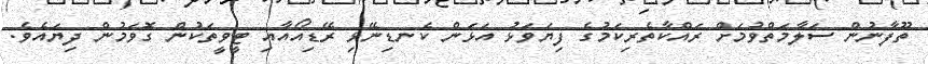
ތޫފާނުން ސަލާމަތްވުމަށް ރައްކާތެރިކަމުގެ ފިޔަވަޅު އަޅަން ކެނޑިނޭޅި ރޭޑިއޯއާއި ޓީވީތަކުން ގޮވަމުން ދިޔައެވެ.